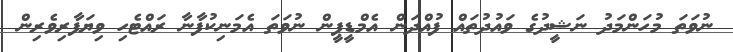
ނުވަތަ މުހަންމަދު ނަޝީދުގެ ވައުދުތައް ފުއްދަން އެމްޑީޕީން ނުވަތަ އެމަނިކުފާނާ ރައްޓެހި ވިޔަފާރިވެރިން